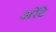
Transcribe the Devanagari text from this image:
अरेंटे